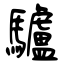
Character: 驢